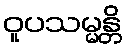
ဝူပသမ္မန္တိ